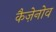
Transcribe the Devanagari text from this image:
कैज़ेनोव